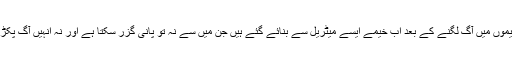
منیٰ کے خیموں میں آگ لگنے کے بعد اب خیمے ایسے میٹریل سے بنائے گئے ہیں جن میں سے نہ تو پانی گزر سکتا ہے اور نہ انہیں آگ پکڑ سکتی ہے۔